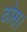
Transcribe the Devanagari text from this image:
ठोस।